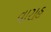
વારાહ